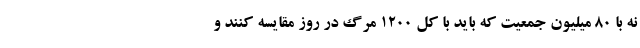
نه با 80 میلیون جمعیت که باید با کل 1200 مرگ در روز مقایسه کنند و